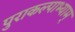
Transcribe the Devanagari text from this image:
पुराकल्पाभ्याम्